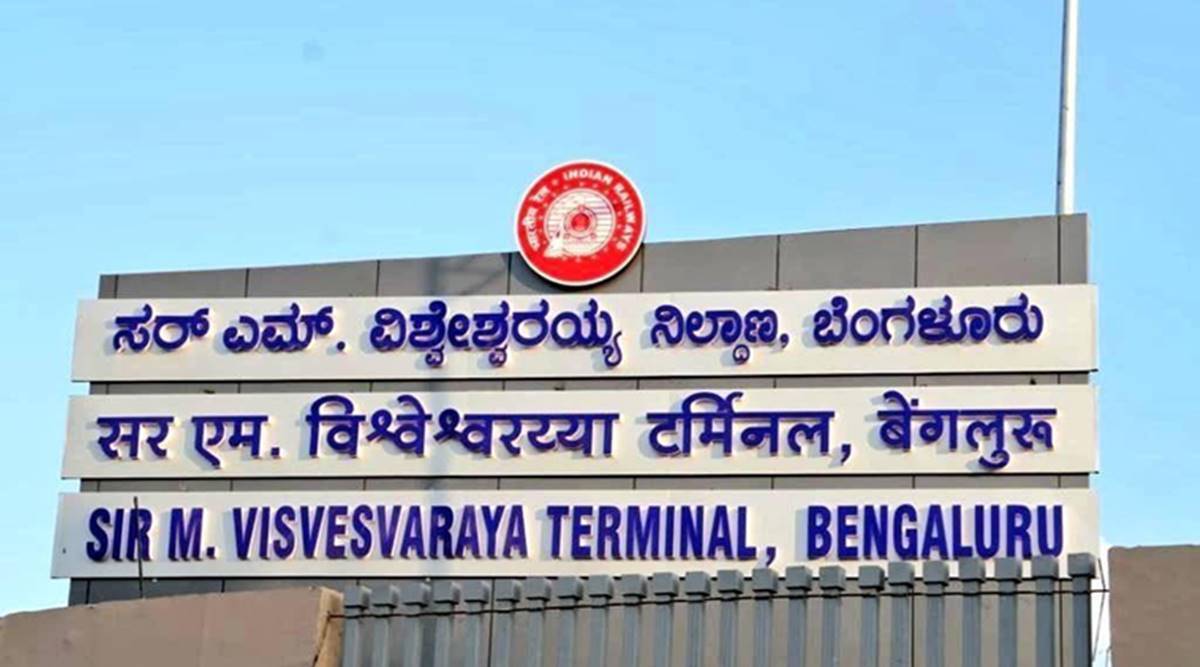
Language: kannada
Transcription: ಎಮ್ . ನಿಲ್ದಾಣ, ಬೆಂಗಳೂರು ವಿಶ್ವೇಶ್ವರಯ್ಯ ಸರ್